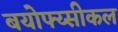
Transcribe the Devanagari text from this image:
बयोफ्य्सीकल